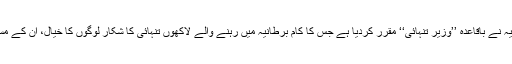
کیا آپ کو پتا ہے برطانیہ نے باقاعدہ ’’وزیر تنہائی‘‘ مقرر کردیا ہے جس کا کام برطانیہ میں رہنے والے لاکھوں تنہائی کا شکار لوگوں کا خیال، ان کے مسائل پر نظر رکھنا ہے؟